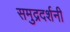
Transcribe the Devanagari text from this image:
समुद्रदर्शनी